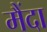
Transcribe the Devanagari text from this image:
मैंदा